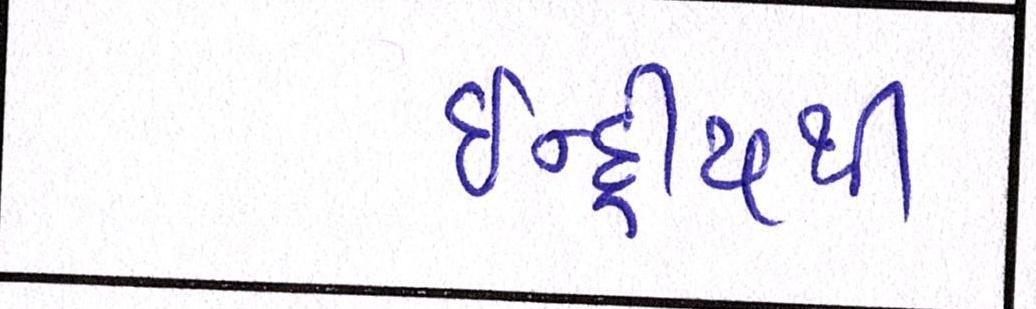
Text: ઇન્દ્રીયથી